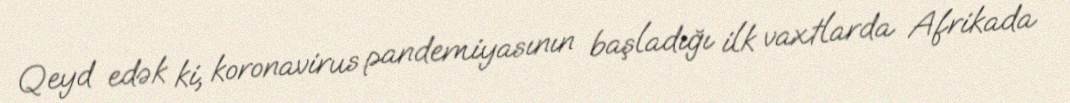
Qeyd edək ki, koronavirus pandemiyasının başladığı ilk vaxtlarda Afrikada